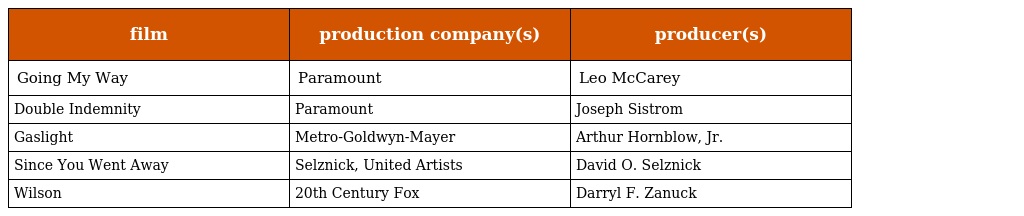
| film | production company(s) | producer(s) |
 | --- | --- | --- |
 | Going My Way | Paramount | Leo McCarey |
 | Double Indemnity | Paramount | Joseph Sistrom |
 | Gaslight | Metro-Goldwyn-Mayer | Arthur Hornblow, Jr. |
 | Since You Went Away | Selznick, United Artists | David O. Selznick |
 | Wilson | 20th Century Fox | Darryl F. Zanuck |